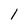
Character: 1